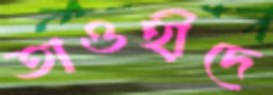
তাওহীদে